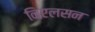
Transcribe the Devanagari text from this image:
निएलसन